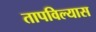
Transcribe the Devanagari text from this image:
तापविल्यास